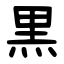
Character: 黒